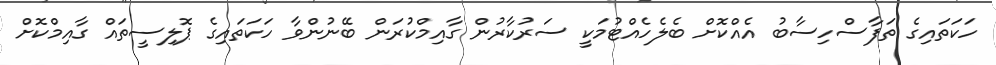
ހަކަތައިގެ ތަފާސްހިސާބު އެއްކޮށް ބެލެހެއްޓުމަކީ ސަރުކާރުން ގާއިމްކުރަން ބޭނުންވާ ހަކަތައިގެ ޕޮލިސީތައް ގާއިމްކޮށް